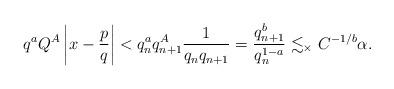
LaTeX: \begin{align*}q^a Q^A \left|x - \frac pq\right| < q_n^a q_{n + 1}^A \frac{1}{q_n q_{n + 1}} = \frac{q_{n + 1}^b}{q_n^{1 - a}} \lesssim_\times C^{-1/b} \alpha.\end{align*}